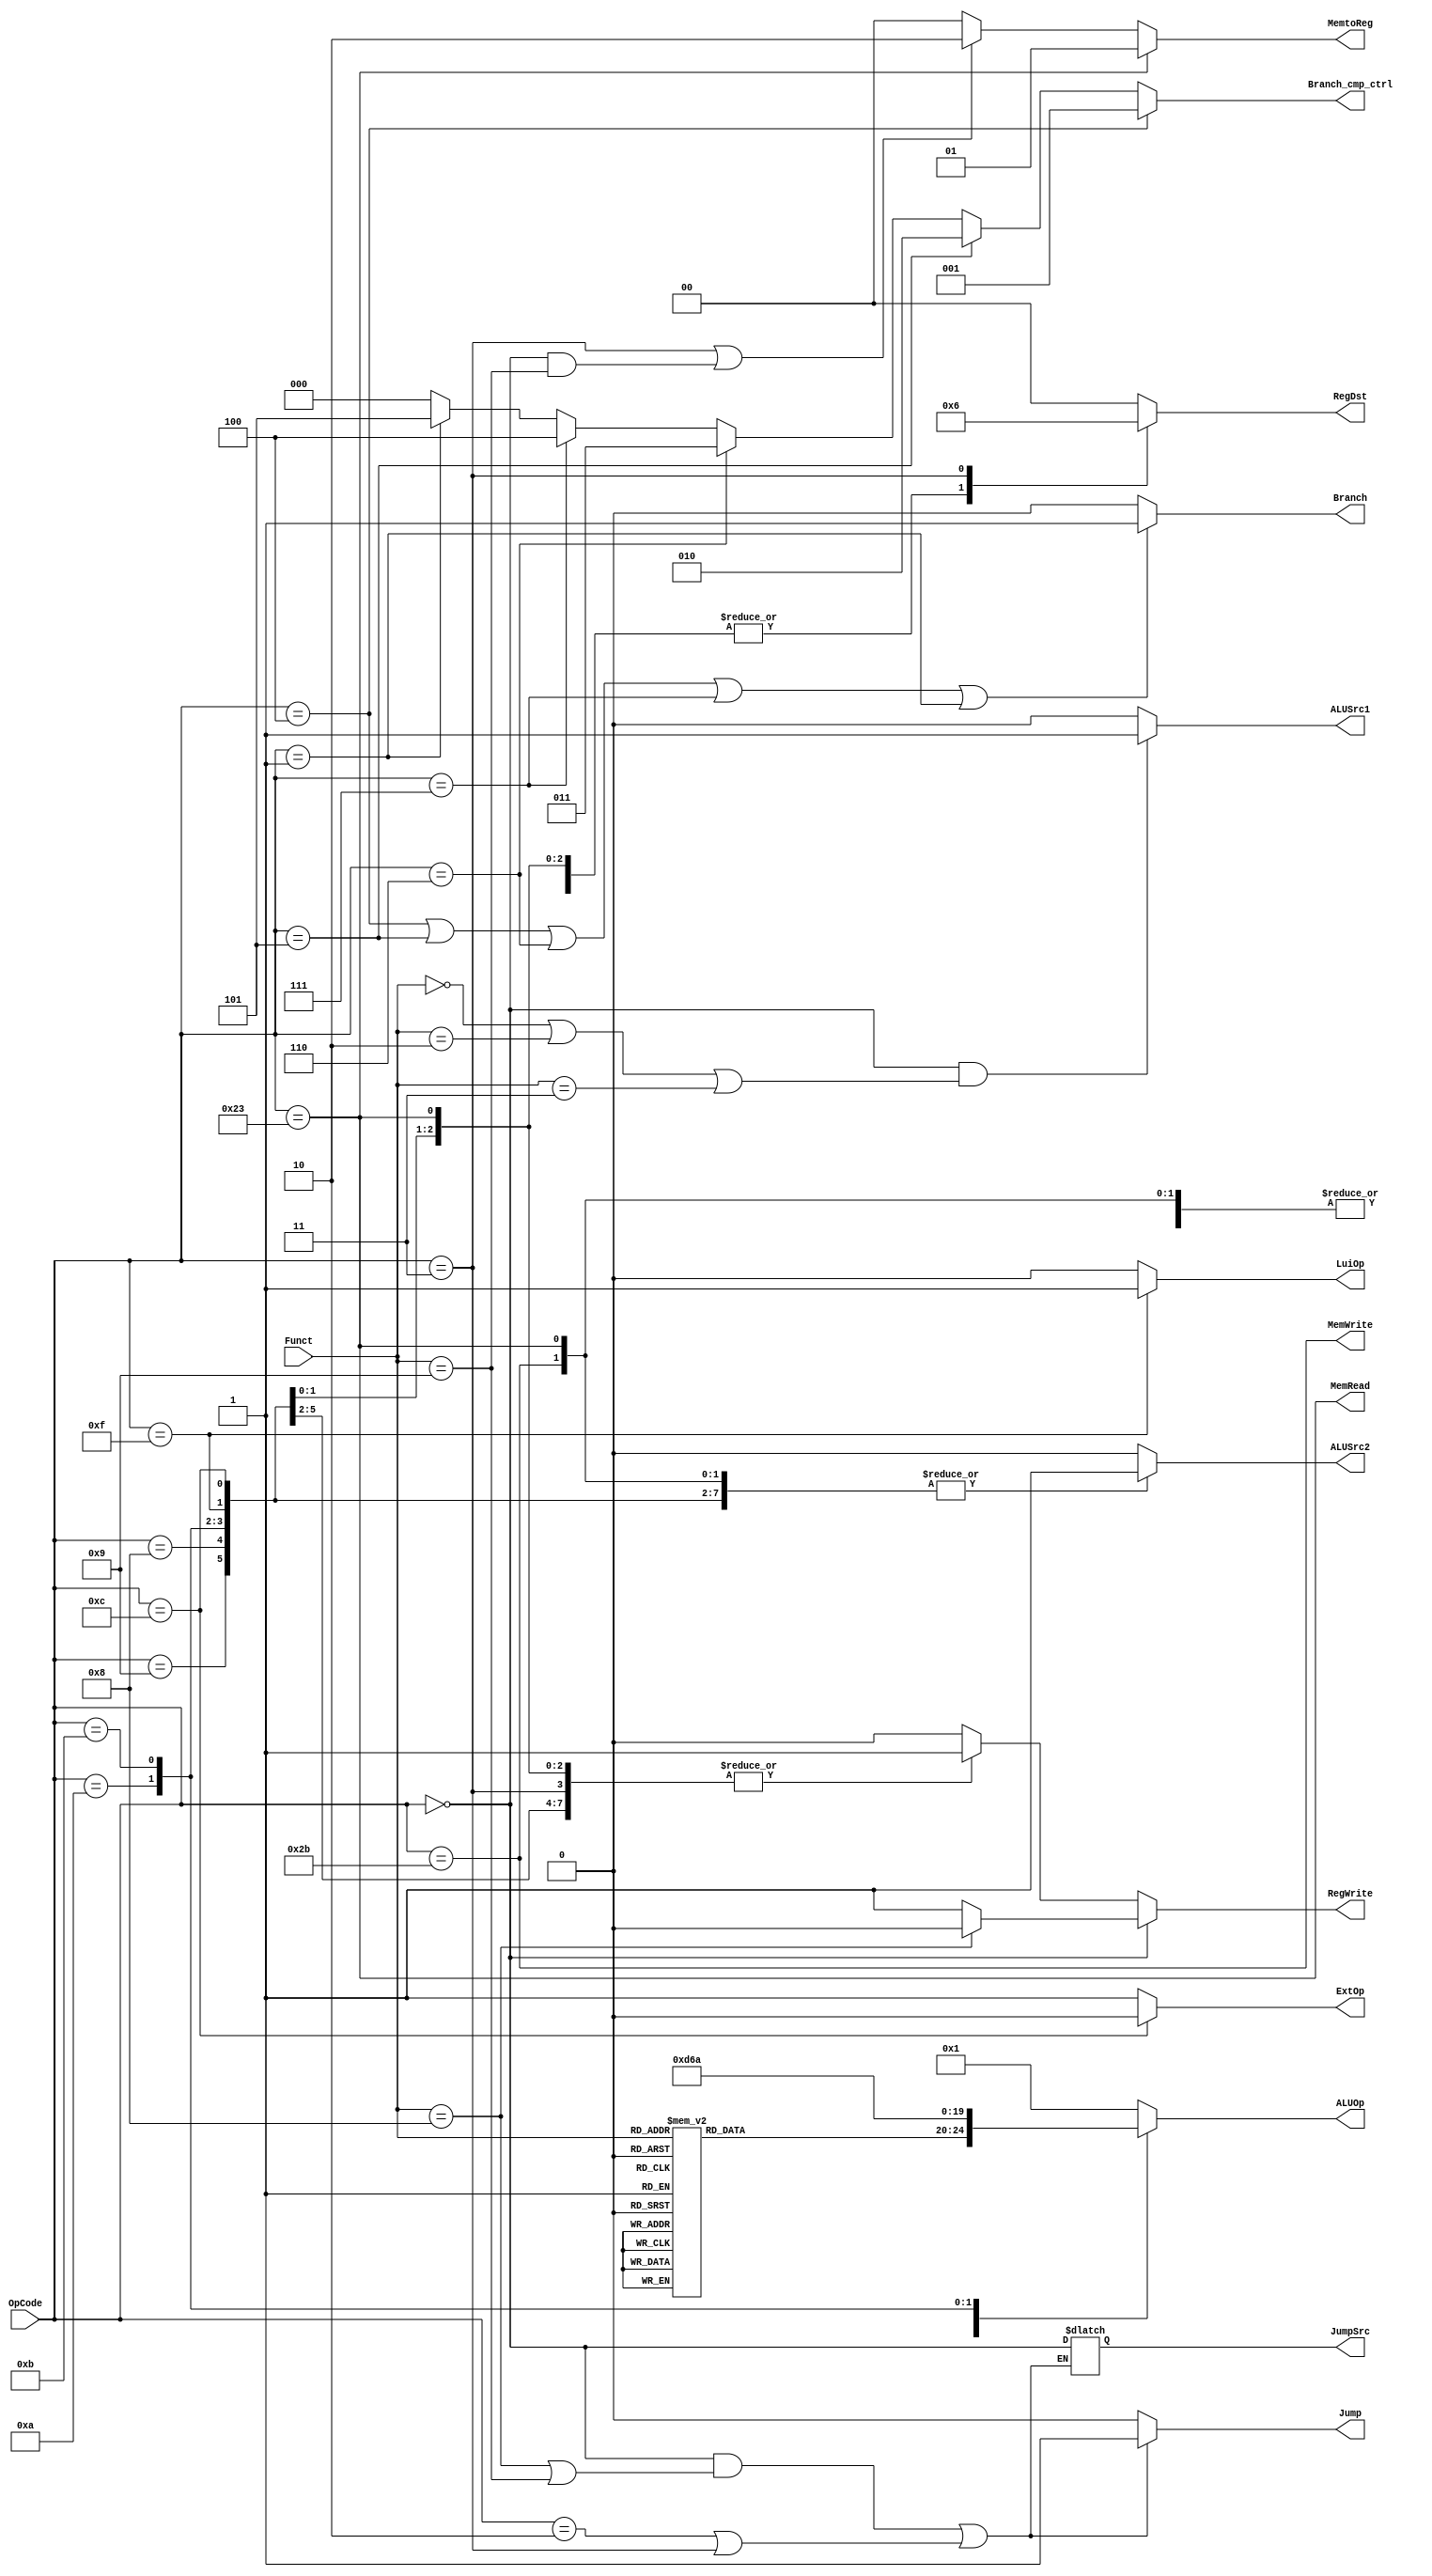
`timescale 1ns / 1ps
//////////////////////////////////////////////////////////////////////////////////
// Company: 
// Engineer: 
// 
// Design Name: 
// Module Name: Controller
// Project Name: 
// Target Devices: 
// Tool Versions: 
// Description: 
// 
// Dependencies: 
// 
// Revision:
// Revision 0.01 - File Created
// Additional Comments:
// 
//////////////////////////////////////////////////////////////////////////////////


module Controller(
   input  [5:0] OpCode,
   input  [5:0] Funct,
   output reg RegWrite,
   output reg Branch,
   output reg  [2:0] Branch_cmp_ctrl,  //
   output reg Jump,
   output reg MemRead,
   output reg MemWrite,
   output reg [1:0] MemtoReg,
   output reg JumpSrc,
   output reg ALUSrc1,
   output reg ALUSrc2,
   output reg [4:0] ALUOp,
   output reg [1:0] RegDst,
   output reg LuiOp,
   output reg ExtOp
    );
    always@(*)begin
    //Branch,Branch_cmp_control
    if(OpCode==6'h04||OpCode==6'h05||OpCode==6'h06||OpCode==6'h07||OpCode==6'h01)begin
    Branch<=1;
    end
    else begin
    Branch<=0;
    end
    if(OpCode==6'h04)begin //beq
    Branch_cmp_ctrl<=3'b001;
    end
    else if(OpCode==6'h05)begin //bne
    Branch_cmp_ctrl<=3'b010;
    end
    else if(OpCode==6'h06)begin //blez
    Branch_cmp_ctrl<=3'b011;
    end
    else if(OpCode==6'h07)begin //bgtz
    Branch_cmp_ctrl<=3'b100;
    end
    else if(OpCode==6'h01)begin //bltz
    Branch_cmp_ctrl<=3'b101;
    end
    else begin
    Branch_cmp_ctrl<=3'b000;
    end
    //RegWrite
    if(OpCode==0)begin
    if(Funct==6'h08)begin  //jr
    RegWrite<=0;
    end
    else RegWrite<=1;
    end
    else begin
    case(OpCode)
    6'h0f,6'h0a,6'h0b,6'h03,6'h08,6'h09,6'h0c,6'h23:RegWrite<=1;
    default:RegWrite<=0;
    endcase
    end
    //RegDst
    case(OpCode)
    6'h23,6'h0f,6'h08,6'h09,6'h0c,6'h0a,6'h0b:RegDst<=2'b01;//Ilw
    6'h03:RegDst<=2'b10;  //jal
    default:RegDst<=2'b00;
    endcase
    
    //MemRead
    MemRead<=OpCode==6'h23;  //lw
    //MemWrite
    MemWrite<=OpCode==6'h2b; //sw
    //MemtoReg
    if(OpCode==6'h23) MemtoReg<=2'b01;  //lw
    else if(OpCode==6'h03||(OpCode==6'h0&&Funct==6'h09)) MemtoReg<=2'b10; //jal,jalr
    else MemtoReg<=2'b00;
    //ALUSrc1
    if(OpCode==6'h0&&(Funct==6'h0||Funct==6'h02||Funct==6'h03))
    ALUSrc1<=1;
    else ALUSrc1<=0;
    //ALUSrc2
    case(OpCode)
    6'h23,6'h2b,6'h0f,6'h08,6'h09,6'h0c,6'h0a,6'h0b:ALUSrc2<=1;
    default:ALUSrc2<=0;
    endcase
    //ExtOp
    if(OpCode==6'h0c) ExtOp<=0;  //andi
    else ExtOp<=1;
    //LuOp
    if(OpCode==6'h0f) LuiOp<=1;  //lui
    else LuiOp<=0;
    //ALUOp
    case(OpCode)
    6'h0:begin
       case(Funct)
       6'h2a:ALUOp<=5'b01011; //slt
       6'h2b:ALUOp<=5'b01010;  //sltu
       6'h20,6'h21:ALUOp<=5'b00000;  //add,addu
       6'h22,6'h23:ALUOp<=5'b00010;  //sub,subu
       6'h24:ALUOp<=5'b00011;  //and
       6'h25:ALUOp<=5'b00100; //or
       6'h26:ALUOp<=5'b00101; //xor
       6'h27:ALUOp<=5'b00110; //nor
       6'h00:ALUOp<=5'b00111; //sll
       6'h02:ALUOp<=5'b01000; //srl
       6'h03:ALUOp<=5'b01001; //sra
       default:ALUOp<=5'b00001;
       endcase
       end
    6'h0f,6'h08,6'h09,6'h23,6'h2b:ALUOp<=5'b00000;  //lw,sw,lui,addi,addiu
    6'h0c:ALUOp<=5'b00011;  //andi
    6'h0a:ALUOp<=5'b01011;  //slti
    6'h0b:ALUOp<=5'b01010;  //sltiu
    default:ALUOp<=5'b00001;
    endcase
    //Jump
    if((OpCode==0&&(Funct==6'h08||Funct==6'h09))||(OpCode==6'h02||OpCode==6'h03))begin
    Jump<=1;
    JumpSrc<=OpCode==0;
    end
    else Jump<=0;
    //JumpSrc
    
    
    
    
    
    end
    
    
    
    
endmodule